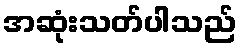
အဆုံးသတ်ပါသည်